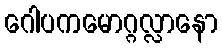
ဂေါပကမောဂ္ဂလ္လာနော